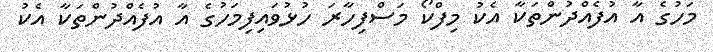
މަހުގެ އާ އުފެއްދުންތަކާ އެކު މިފްކޯ މަސްފިހާރަ ހުޅުވައިފިމަހުގެ އާ އުފެއްދުންތަކާ އެކު